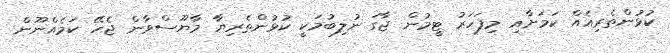
ކުޅުންތެރިއެއް ކަމަށާއި މިފަހަރު ޓީމުން ޖާގަ ނުލިބުމަކީ ކުޅުންތެރިޔާ މާޔޫސްވާން ޖެހޭ ކަމެއްނޫން